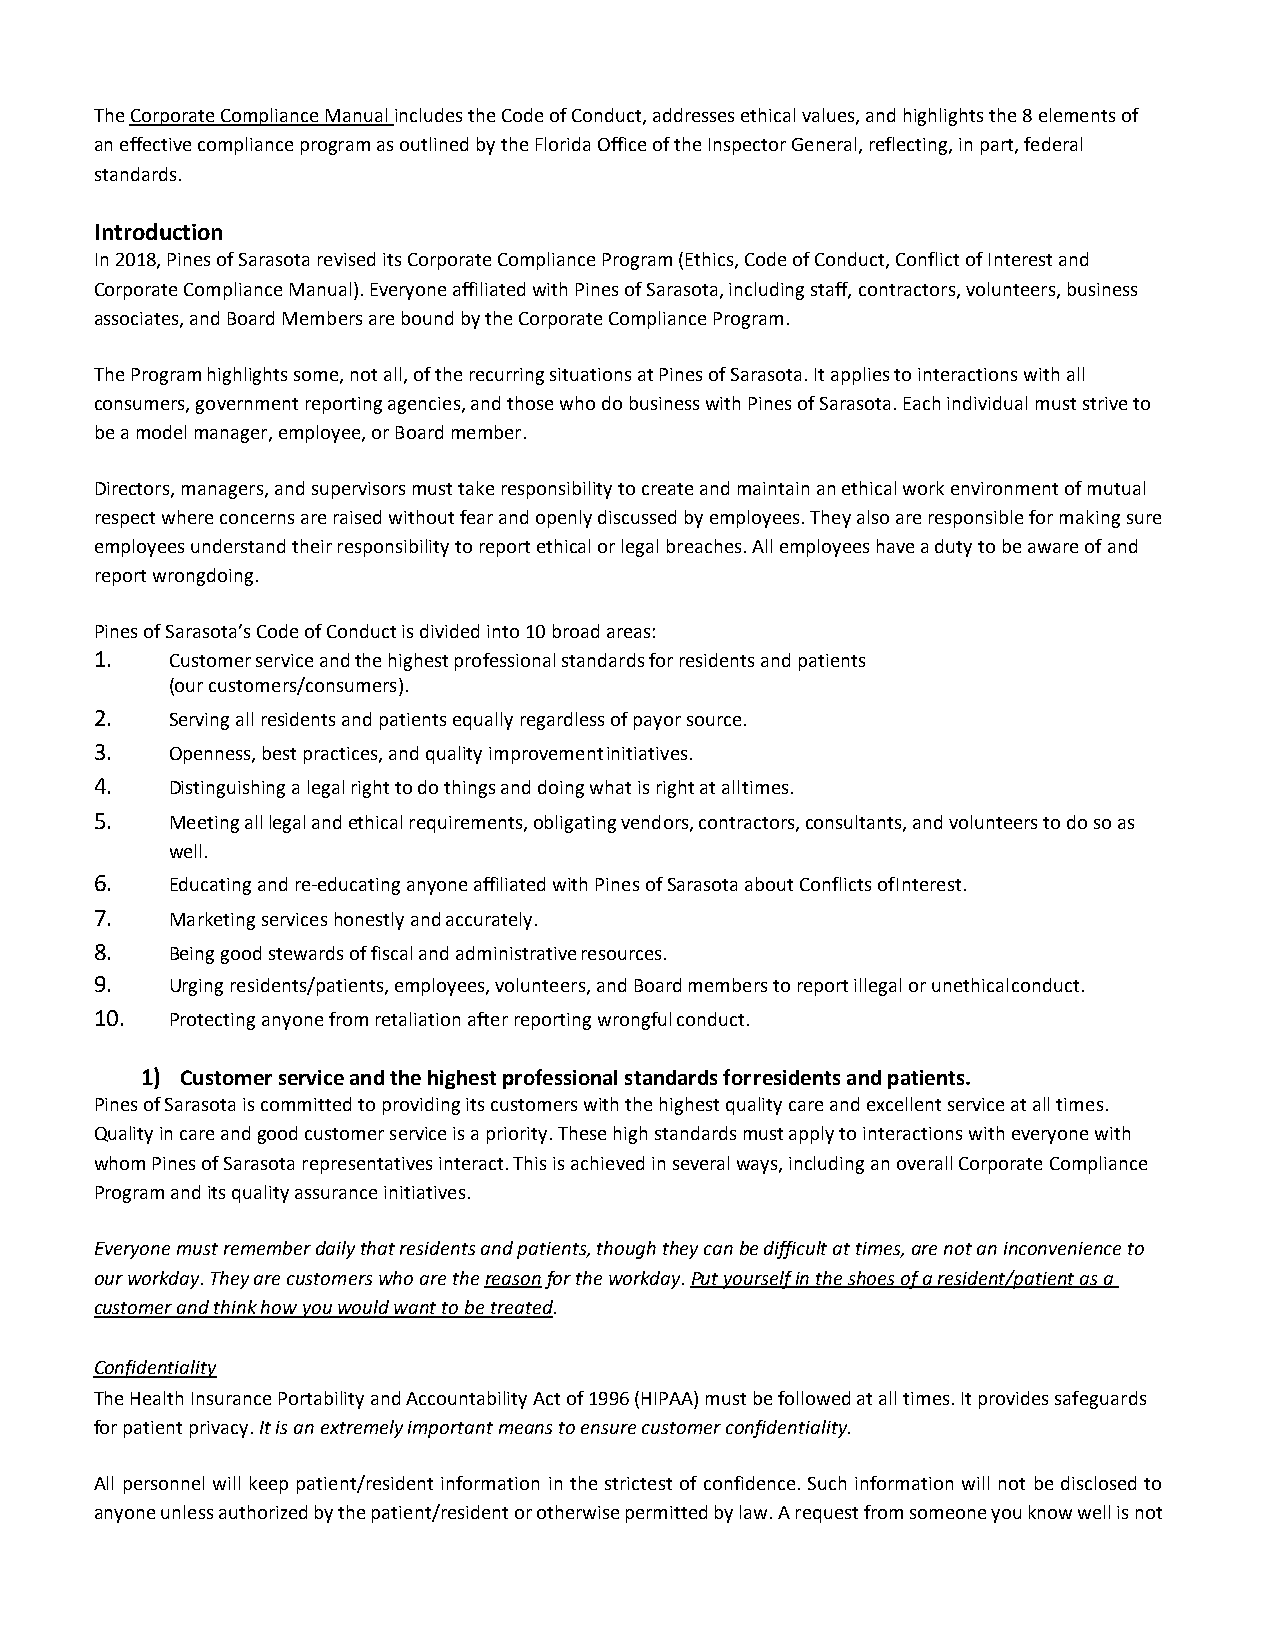
The Corporate Compliance Manual includes the Code of Conduct, addresses ethical values, and highlights the 8 elements of
 an effective compliance program as outlined by the Florida Office of the Inspector General, reflecting, in part, federal
 standards.
 Introduction
 In 2018, Pines of Sarasota revised its Corporate Compliance Program (Ethics, Code of Conduct, Conflict of Interest and
 Corporate Compliance Manual). Everyone affiliated with Pines of Sarasota, including staff, contractors, volunteers, business
 associates, and Board Members are bound by the Corporate Compliance Program.
 The Program highlights some, not all, of the recurring situations at Pines of Sarasota. It applies to interactions with all
 consumers, government reporting agencies, and those who do business with Pines of Sarasota. Each individual must strive to
 be a model manager, employee, or Board member.
 Directors, managers, and supervisors must take responsibility to create and maintain an ethical work environment of mutual
 respect where concerns are raised without fear and openly discussed by employees. They also are responsible for making sure
 employees understand their responsibility to report ethical or legal breaches. All employees have a duty to be aware of and
 report wrongdoing.
 Pines of Sarasota’s Code of Conduct is divided into 10 broad areas:
 1.   Customer service and the highest professional standards for residents and patients
 (our customers/consumers).
 2.   Serving all residents and patients equally regardless of payor source.
 3.   Openness, best practices, and quality improvement initiatives.
 4.   Distinguishing a legal right to do things and doing what is right at all times.
 5.   Meeting all legal and ethical requirements, obligating vendors, contractors, consultants, and volunteers to do so as
 well.
 6.   Educating and re-educating anyone affiliated with Pines of Sarasota about Conflicts of Interest.
 7.   Marketing services honestly and accurately.
 8.   Being good stewards of fiscal and administrative resources.
 9.   Urging residents/patients, employees, volunteers, and Board members to report illegal or unethical conduct.
 10.  Protecting anyone from retaliation after reporting wrongful conduct.
 1) Customer service and the highest professional standards for residents and patients.
 Pines of Sarasota is committed to providing its customers with the highest quality care and excellent service at all times.
 Quality in care and good customer service is a priority. These high standards must apply to interactions with everyone with
 whom Pines of Sarasota representatives interact. This is achieved in several ways, including an overall Corporate Compliance
 Program and its quality assurance initiatives.
 Everyone must remember daily that residents and patients, though they can be difficult at times, are not an inconvenience to
 our workday. They are customers who are the reason for the workday. Put yourself in the shoes of a resident/patient as a
 customer and think how you would want to be treated.
 Confidentiality
 The Health Insurance Portability and Accountability Act of 1996 (HIPAA) must be followed at all times. It provides safeguards
 for patient privacy. It is an extremely important means to ensure customer confidentiality.
 All personnel will keep patient/resident information in the strictest of confidence. Such information will not be disclosed to
 anyone unless authorized by the patient/resident or otherwise permitted by law. A request from someone you know well is not